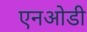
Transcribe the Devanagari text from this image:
एनओडी